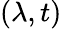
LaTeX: (\lambda,t)